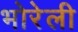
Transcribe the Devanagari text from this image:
भोरेली